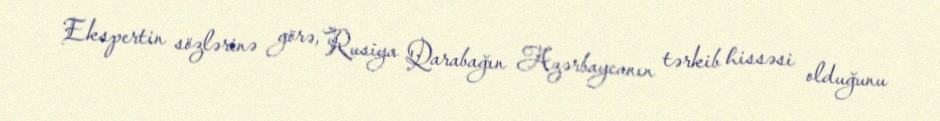
Ekspertin sözlərinə görə, Rusiya Qarabağın Azərbaycanın tərkib hissəsi olduğunu